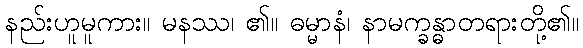
နည်းဟူမူကား။ မနဿ၊ ၏။ ဓမ္မာနံ၊ နာမက္ခန္ဓာတရားတို့၏။